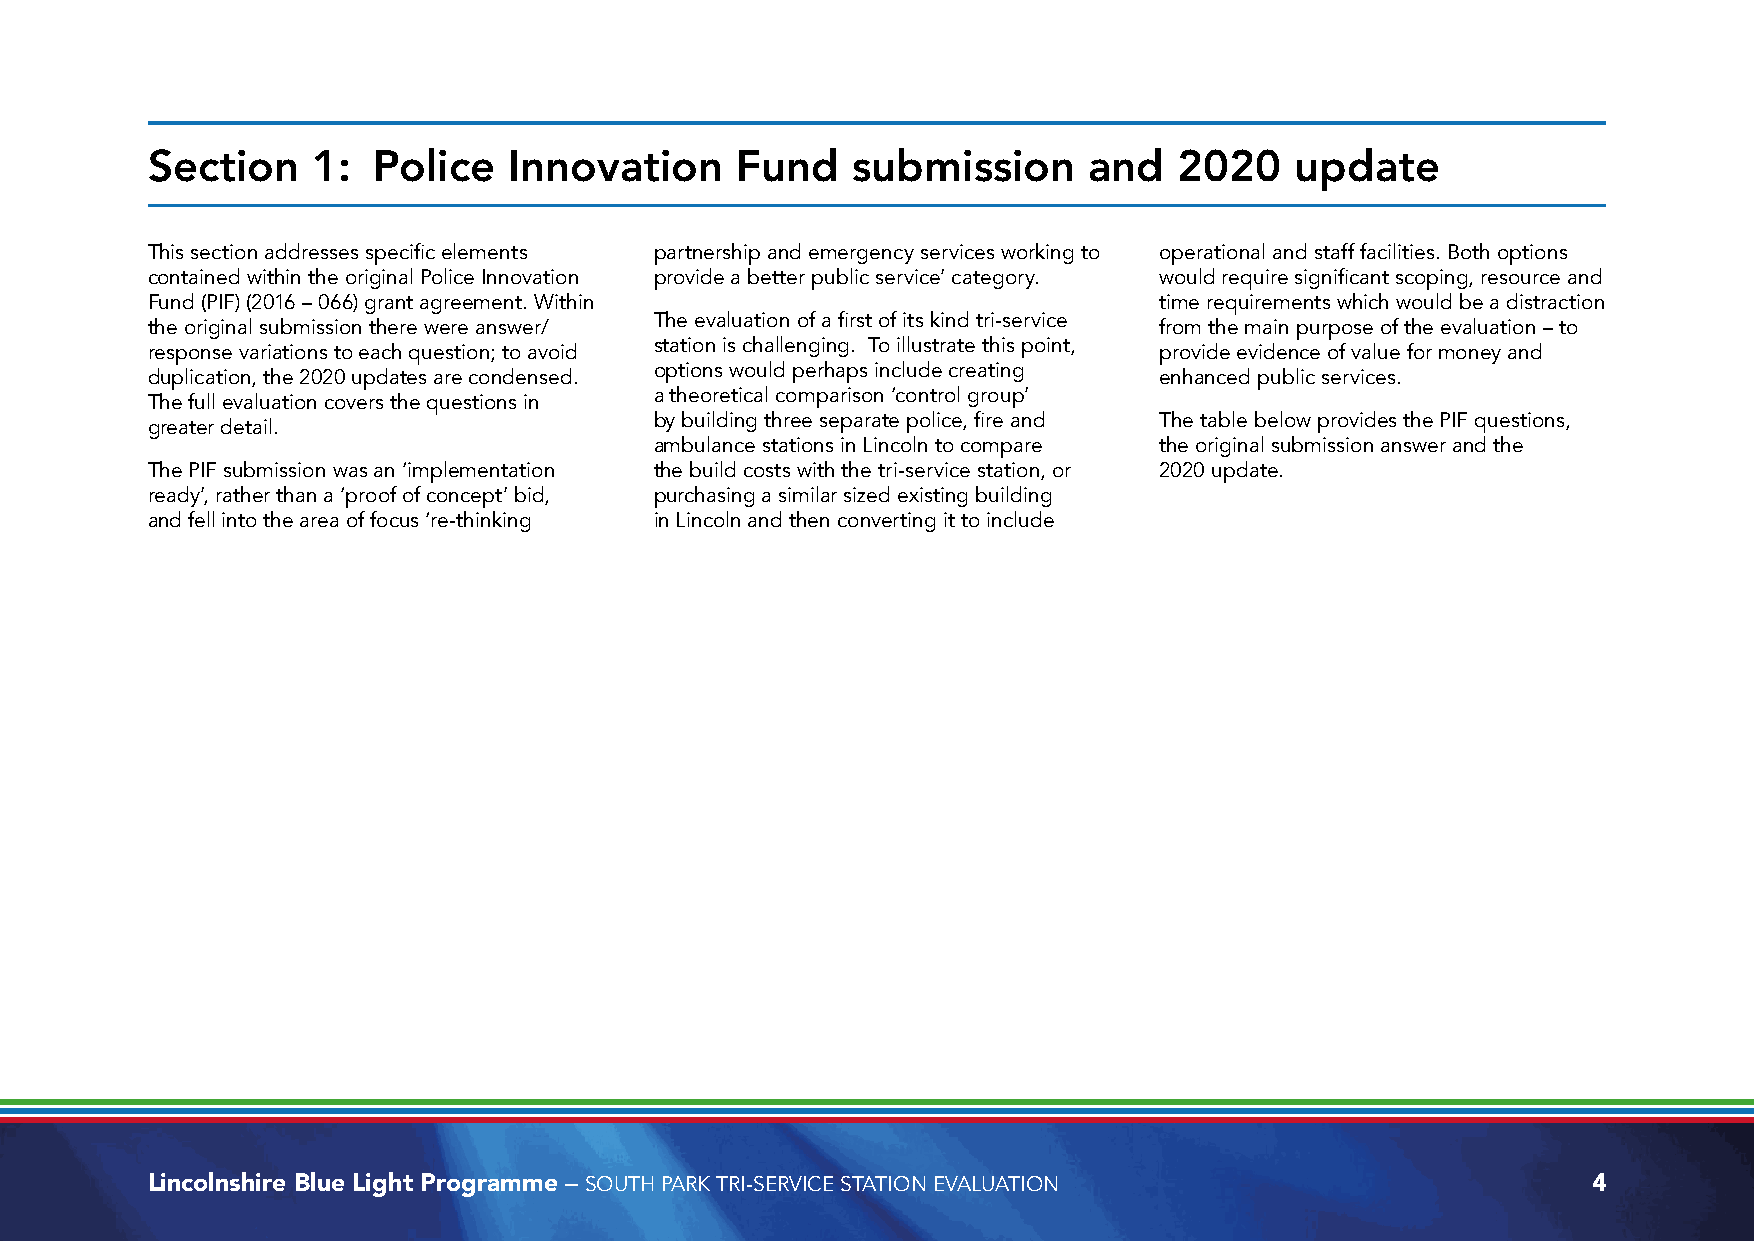
Section    1:  Police   Innovation     Fund   submission      and   2020    update
 This section addresses specific elements partnership and emergency services working to operational and staff facilities. Both options
 contained within the original Police Innovation provide a better public service’ category. would require significant scoping, resource and
 Fund (PIF) (2016 – 066) grant agreement. Within                    time requirements which would be a distraction
 The evaluation of a first of its kind tri-service
 the original submission there were answer/                         from the main purpose of the evaluation – to
 station is challenging. To illustrate this point,
 response variations to each question; to avoid                     provide evidence of value for money and
 options would perhaps include creating
 duplication, the 2020 updates are condensed.                       enhanced public services.
 a theoretical comparison ‘control group’
 The full evaluation covers the questions in
 by building three separate police, fire and The table below provides the PIF questions,
 greater detail.
 ambulance stations in Lincoln to compare the original submission answer and the
 The PIF submission was an ‘implementation the build costs with the tri-service station, or 2020 update.
 ready’, rather than a ‘proof of concept’ bid, purchasing a similar sized existing building
 and fell into the area of focus ‘re-thinking in Lincoln and then converting it to include
 Lincolnshire Blue Light Programme – SOUTH PARK TRI-SERVICE STATION EVALUATION                  4